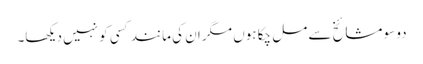
دو سو مشائخ سے مل چکا ہوں مگر ان کی مانند کسی کو نہیں دیکھا۔